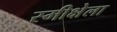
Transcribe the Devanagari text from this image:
स्मीक्षेला